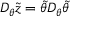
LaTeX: D _ { \theta } \tilde { z } = \tilde { \theta } D _ { \theta } \tilde { \theta }